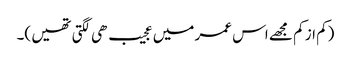
(کم از کم مجھے اس عمر میں عجیب ھی لگتی تھیں )۔